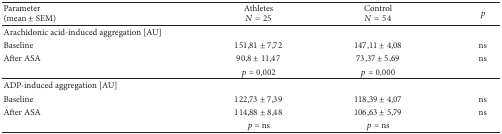
| Parameter(mean ± SEM) | AthletesN = 25 | ControlN = 54 | p |
 | --- | --- | --- | --- |
 | Arachidonic acid-induced aggregation [AU] |  |  |  |
 | Baseline | 151,81 ± 7,72 | 147,11 ± 4,08 | ns |
 | After ASA | 90,8 ± 11,47 | 73,37 ± 5,69 | ns |
 |  | p = 0,002 | p = 0,000 |  |
 | ADP-induced aggregation [AU] |  |  |  |
 | Baseline | 122,73 ± 7,39 | 118,39 ± 4,07 | ns |
 | After ASA | 114,88 ± 8,48 | 106,63 ± 5,79 | ns |
 |  | p = ns | p = ns |  |